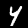
Digit: 4